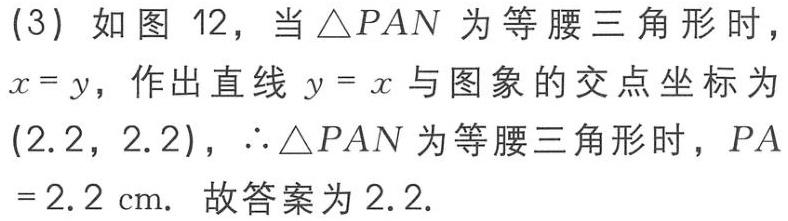
(3) 如图 12，当\(\triangle PAN\)为等腰三角形时，\(x = y\)，作出直线\(y = x\)与图象的交点坐标为\((2.2,2.2)\)，\(\therefore\triangle PAN\)为等腰三角形时，\(PA = 2.2\mathrm{cm}\). 故答案为\(2.2\).